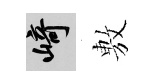
崎𢾾